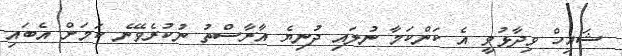
ޝައިހް ވިދާޅުވީ އެ ކަންކަމާ ނުލައި ދުނިޔެ އާރާސްތު ނުކުރެވޭނެ ކަމަށް އެބައި